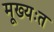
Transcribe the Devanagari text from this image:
मूख्यःत